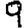
Digit: 9